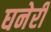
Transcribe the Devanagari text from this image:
घनेरी